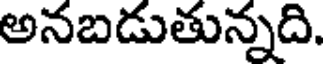
అనబడుతున్నది.